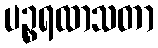
ပဉ္စရထာသတာ